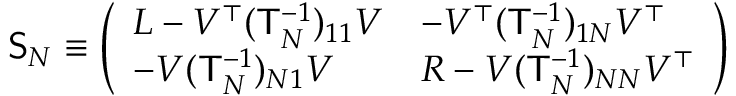
\mathsf { S } _ { N } \equiv \left( \begin{array} { l l } { L - V ^ { \top } ( \mathsf { T } _ { N } ^ { - 1 } ) _ { 1 1 } V } & { - V ^ { \top } ( \mathsf { T } _ { N } ^ { - 1 } ) _ { 1 N } V ^ { \top } } \\ { - V ( \mathsf { T } _ { N } ^ { - 1 } ) _ { N 1 } V } & { R - V ( \mathsf { T } _ { N } ^ { - 1 } ) _ { N N } V ^ { \top } } \end{array} \right)